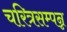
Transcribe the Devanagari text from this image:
चरित्रसम्पन्न